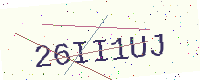
Text: 26II1UJ